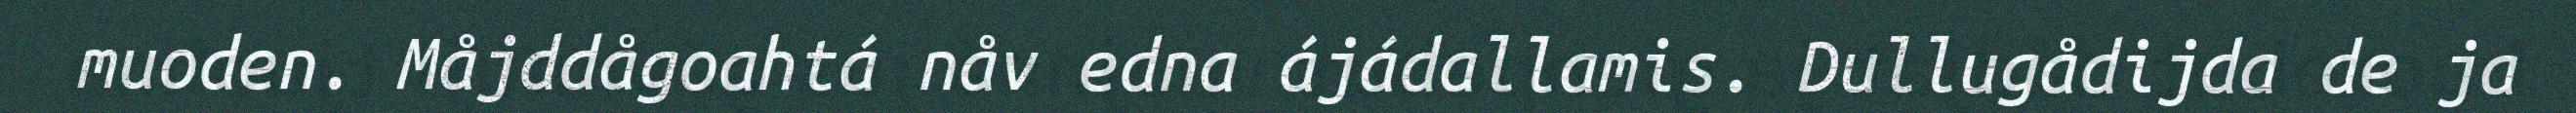
muoden. Måjddågoahtá nåv edna ájádallamis. Dullugådijda de ja